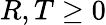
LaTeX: R,T\geq 0